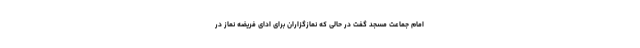
امام جماعت مسجد گفت در حالی که نمازگزاران برای ادای فریضه نماز در